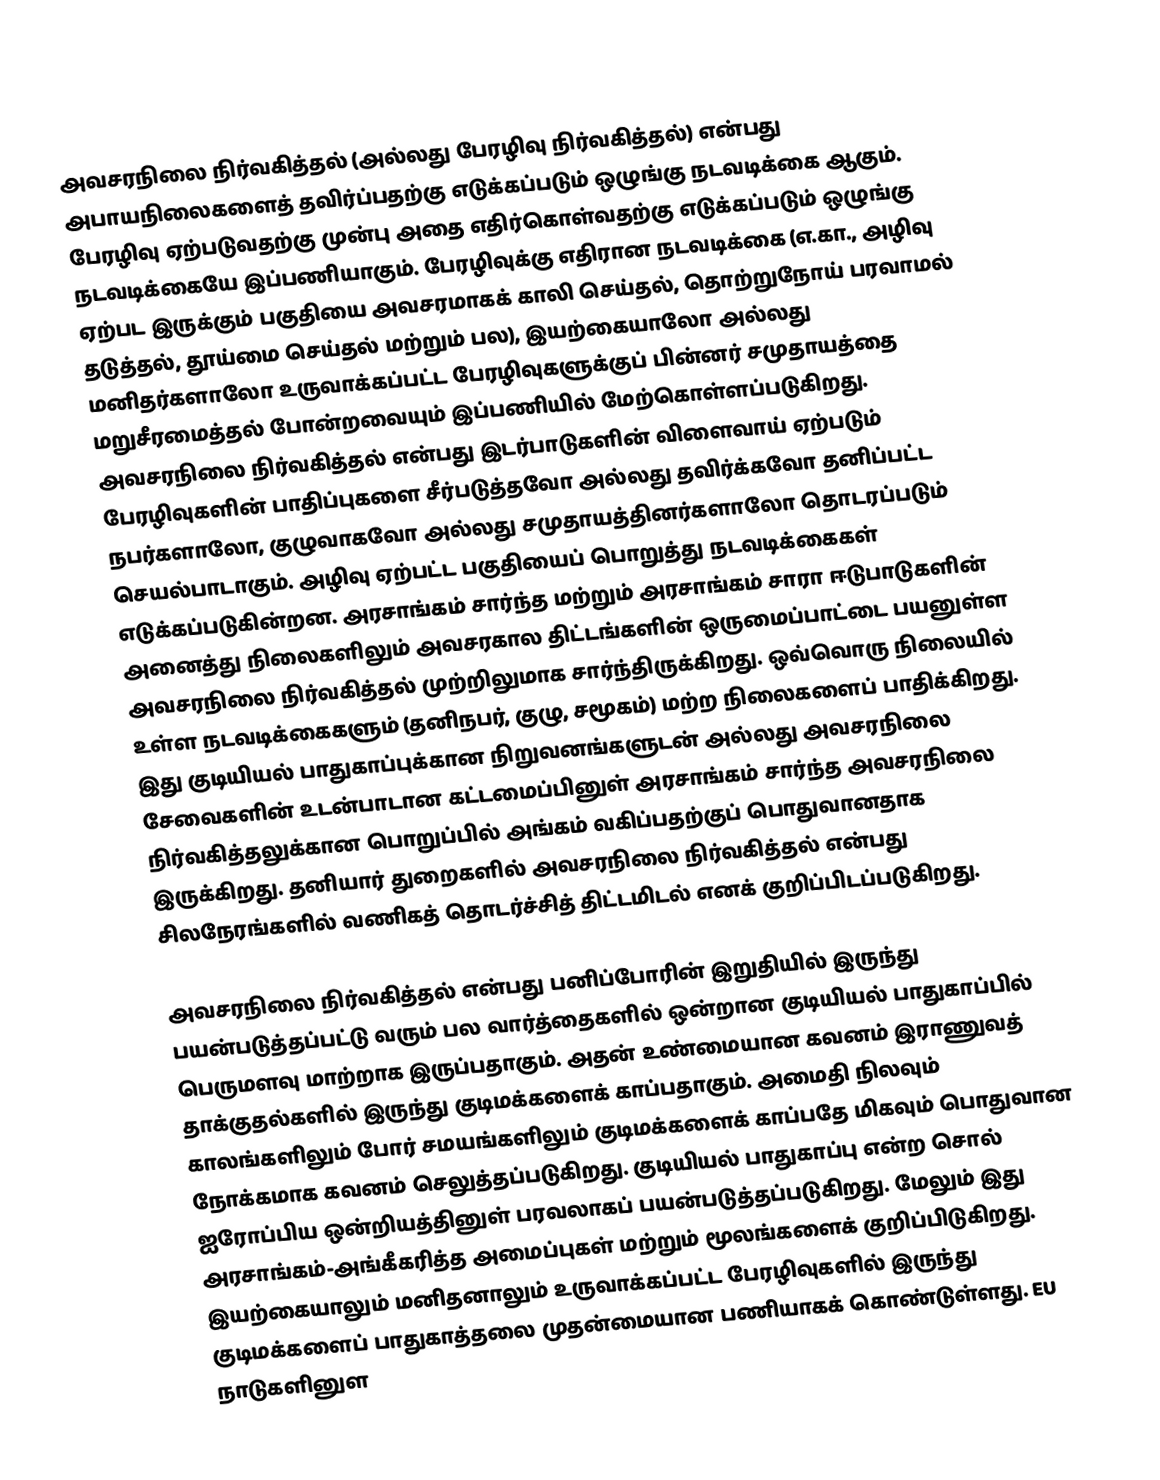
அவசரநிலை நிர்வகித்தல் (அல்லது பேரழிவு நிர்வகித்தல்) என்பது அபாயநிலைகளைத் தவிர்ப்பதற்கு எடுக்கப்படும் ஒழுங்கு நடவடிக்கை ஆகும். பேரழிவு ஏற்படுவதற்கு முன்பு அதை எதிர்கொள்வதற்கு எடுக்கப்படும் ஒழுங்கு நடவடிக்கையே இப்பணியாகும். பேரழிவுக்கு எதிரான நடவடிக்கை (எ.கா., அழிவு ஏற்பட இருக்கும் பகுதியை அவசரமாகக் காலி செய்தல், தொற்றுநோய் பரவாமல் தடுத்தல், தூய்மை செய்தல் மற்றும் பல), இயற்கையாலோ அல்லது மனிதர்களாலோ உருவாக்கப்பட்ட பேரழிவுகளுக்குப் பின்னர் சமுதாயத்தை மறுசீரமைத்தல் போன்றவையும் இப்பணியில் மேற்கொள்ளப்படுகிறது. அவசரநிலை நிர்வகித்தல் என்பது இடர்பாடுகளின் விளைவாய் ஏற்படும் பேரழிவுகளின் பாதிப்புகளை சீர்படுத்தவோ அல்லது தவிர்க்கவோ தனிப்பட்ட நபர்களாலோ, குழுவாகவோ அல்லது சமுதாயத்தினர்களாலோ தொடரப்படும் செயல்பாடாகும். அழிவு ஏற்பட்ட பகுதியைப் பொறுத்து நடவடிக்கைகள் எடுக்கப்படுகின்றன. அரசாங்கம் சார்ந்த மற்றும் அரசாங்கம் சாரா ஈடுபாடுகளின் அனைத்து நிலைகளிலும் அவசரகால திட்டங்களின் ஒருமைப்பாட்டை பயனுள்ள அவசரநிலை நிர்வகித்தல் முற்றிலுமாக சார்ந்திருக்கிறது. ஒவ்வொரு நிலையில் உள்ள நடவடிக்கைகளும் (தனிநபர், குழு, சமூகம்) மற்ற நிலைகளைப் பாதிக்கிறது. இது குடியியல் பாதுகாப்புக்கான நிறுவனங்களுடன் அல்லது அவசரநிலை சேவைகளின் உடன்பாடான கட்டமைப்பினுள் அரசாங்கம் சார்ந்த அவசரநிலை நிர்வகித்தலுக்கான பொறுப்பில் அங்கம் வகிப்பதற்குப் பொதுவானதாக இருக்கிறது. தனியார் துறைகளில் அவசரநிலை நிர்வகித்தல் என்பது சிலநேரங்களில் வணிகத் தொடர்ச்சித் திட்டமிடல் எனக் குறிப்பிடப்படுகிறது.

அவசரநிலை நிர்வகித்தல் என்பது பனிப்போரின் இறுதியில் இருந்து பயன்படுத்தப்பட்டு வரும் பல வார்த்தைகளில் ஒன்றான குடியியல் பாதுகாப்பில் பெருமளவு மாற்றாக இருப்பதாகும். அதன் உண்மையான கவனம் இராணுவத் தாக்குதல்களில் இருந்து குடிமக்களைக் காப்பதாகும். அமைதி நிலவும் காலங்களிலும் போர் சமயங்களிலும் குடிமக்களைக் காப்பதே மிகவும் பொதுவான நோக்கமாக கவனம் செலுத்தப்படுகிறது. குடியியல் பாதுகாப்பு என்ற சொல் ஐரோப்பிய ஒன்றியத்தினுள் பரவலாகப் பயன்படுத்தப்படுகிறது. மேலும் இது அரசாங்கம்-அங்கீகரித்த அமைப்புகள் மற்றும் மூலங்களைக் குறிப்பிடுகிறது. இயற்கையாலும் மனிதனாலும் உருவாக்கப்பட்ட பேரழிவுகளில் இருந்து குடிமக்களைப் பாதுகாத்தலை முதன்மையான பணியாகக் கொண்டுள்ளது. EU நாடுகளினுள